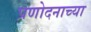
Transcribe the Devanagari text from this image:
प्रणोदनाच्या